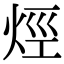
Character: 烴